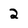
Character: 2